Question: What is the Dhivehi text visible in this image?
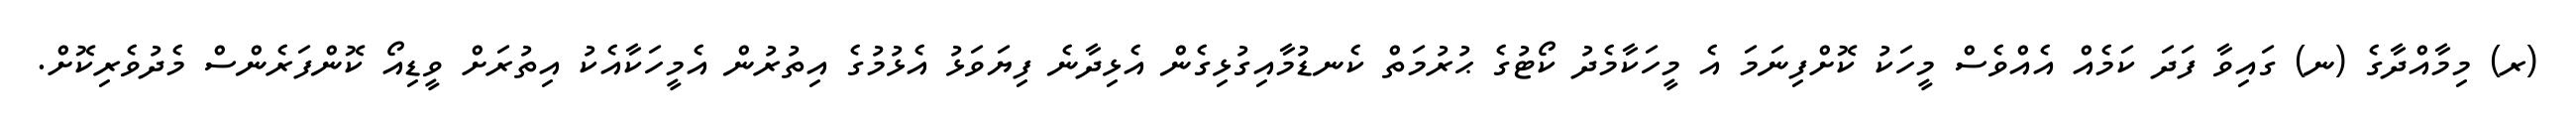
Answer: (ރ) މިމާއްދާގެ (ނ) ގައިވާ ފަދަ ކަމެއް އެއްވެސް މީހަކު ކޮށްފިނަމަ އެ މީހަކާމެދު ކޯޓުގެ ޙުރުމަތް ކެނޑުމާއިގުޅިގެން އެޅިދާނެ ފިޔަވަޅު އެޅުމުގެ އިތުރުން އެމީހަކާއެކު އިތުރަށް ވީޑިއޯ ކޮންފަރެންސް މެދުވެރިކޮށް.